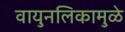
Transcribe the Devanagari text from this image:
वायुनलिकामुळे